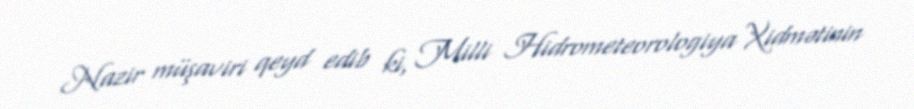
Nazir müşaviri qeyd edib ki, Milli Hidrometeorologiya Xidmətinin